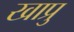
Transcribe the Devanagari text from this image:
खाप्रु